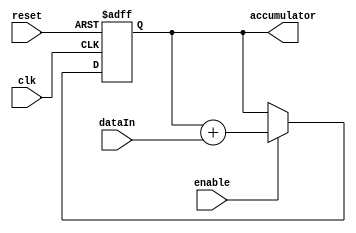
module FixedPointAccumulator (
    input  wire [15:0] dataIn,
    input  wire clk,
    input  wire reset,
    input  wire enable,
    output reg [15:0] accumulator
);

always @(posedge clk or posedge reset) begin
    if (reset) begin
        accumulator <= 16'b0;
    end else begin
        if (enable) begin
            accumulator <= accumulator + dataIn;
        end
    end
end

endmodule